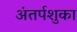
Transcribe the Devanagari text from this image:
अंतर्पशुका